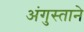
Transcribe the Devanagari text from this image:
अंगुस्ताने